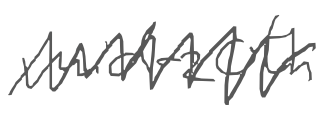
Text: mid-20th
Cross-out: zig-zag
Writing tool: digital_gray